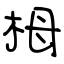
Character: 栂